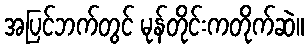
အပြင်ဘက်တွင် မုန်တိုင်းကတိုက်ဆဲ။